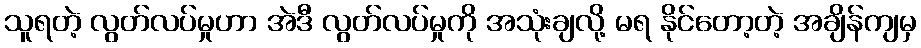
သူရတဲ့ လွတ်လပ်မှုဟာ အဲဒီ လွတ်လပ်မှုကို အသုံးချလို့ မရ နိုင်တော့တဲ့ အချိန်ကျမှ